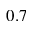
0 . 7